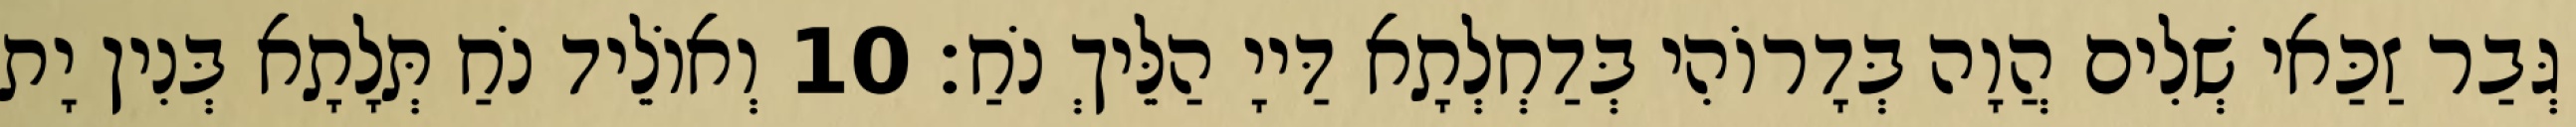
גְּבַר זַכַּאי שְׁלִים הֲוָה בְּדָרוֹהִי בְּדַחְלְתָא דַּייָ הַלֵּיךְ נֹחַ׃ 10 וְאוֹלֵיד נֹחַ תְּלָתָא בְּנִין יָת